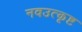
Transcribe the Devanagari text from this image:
नवउत्कृष्ट